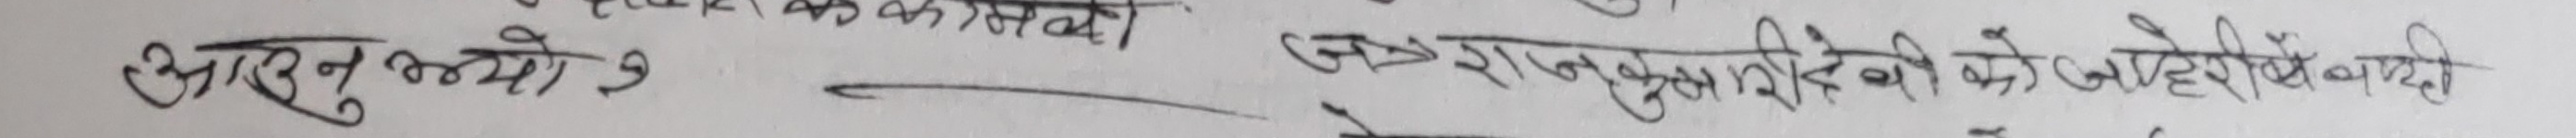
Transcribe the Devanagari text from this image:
आसुत भयो ? राज्यलक्ष्मी रिद्धी को जोहे बाँध्दी